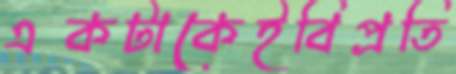
একটাকেইবিপ্রতি